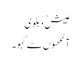
عیش ؔدہلوی
آنکھوں سے کہو ۔